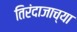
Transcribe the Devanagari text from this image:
तिरंदाजाच्या